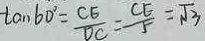
\tan 6 0 ^ { \circ } = \frac { C E } { D C } = \frac { C E } { 5 } = \sqrt { 3 }